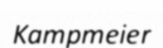
Kampmeier